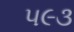
૫૯૩